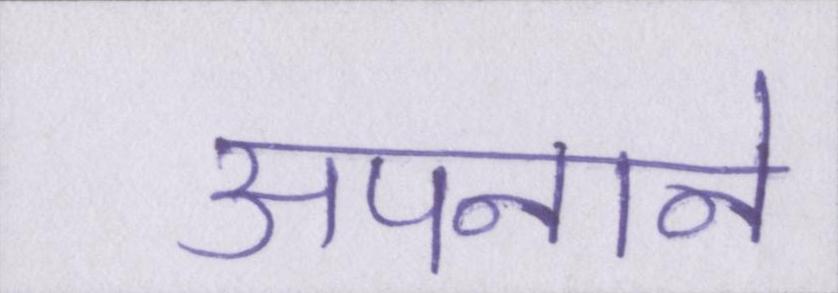
अपनाने